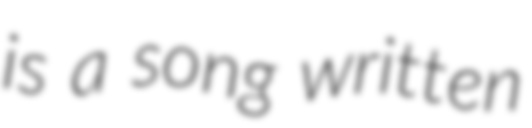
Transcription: is a song written